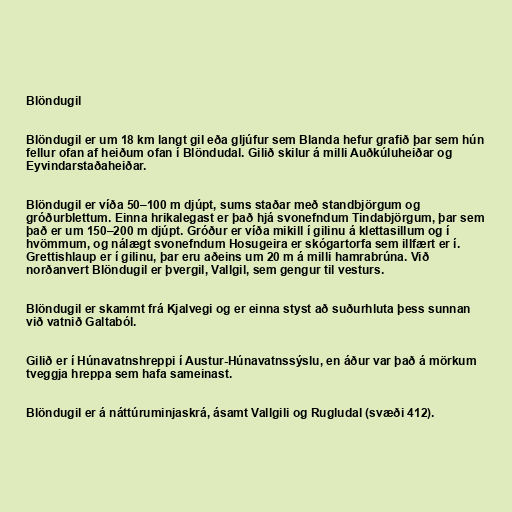
Blöndugil

Blöndugil er um 18 km langt gil eða gljúfur sem Blanda hefur grafið þar sem hún
fellur ofan af heiðum ofan í Blöndudal. Gilið skilur á milli Auðkúluheiðar og
Eyvindarstaðaheiðar.

Blöndugil er víða 50–100 m djúpt, sums staðar með standbjörgum og
gróðurblettum. Einna hrikalegast er það hjá svonefndum Tindabjörgum, þar sem
það er um 150–200 m djúpt. Gróður er víða mikill í gilinu á klettasillum og í
hvömmum, og nálægt svonefndum Hosugeira er skógartorfa sem illfært er í.
Grettishlaup er í gilinu, þar eru aðeins um 20 m á milli hamrabrúna. Við
norðanvert Blöndugil er þvergil, Vallgil, sem gengur til vesturs.

Blöndugil er skammt frá Kjalvegi og er einna styst að suðurhluta þess sunnan
við vatnið Galtaból.

Gilið er í Húnavatnshreppi í Austur-Húnavatnssýslu, en áður var það á mörkum
tveggja hreppa sem hafa sameinast.

Blöndugil er á náttúruminjaskrá, ásamt Vallgili og Rugludal (svæði 412).